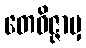
တေဝိဇ္ဇာမှ